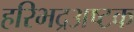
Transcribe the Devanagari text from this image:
हरिभद्रअष्टक